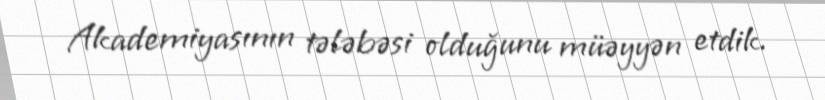
Akademiyasının tələbəsi olduğunu müəyyən etdik.